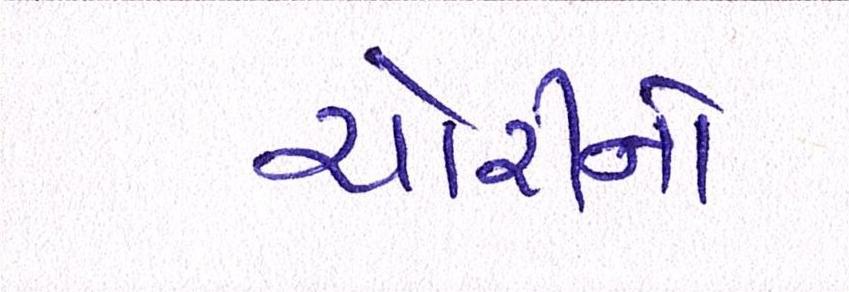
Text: ચોરીનો